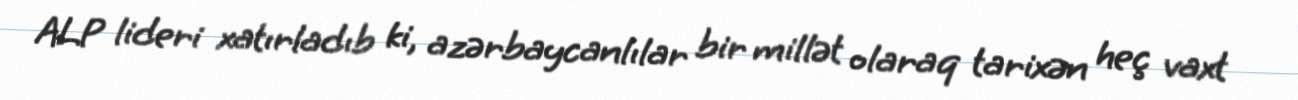
ALP lideri xatırladıb ki, azərbaycanlılar bir millət olaraq tarixən heç vaxt